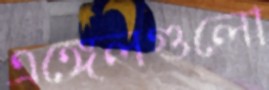
এঙ্গেলগুলো